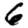
Digit: 6